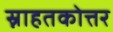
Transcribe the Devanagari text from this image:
स्नाहतकोत्तर